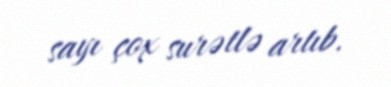
sayı çox surətlə artıb.